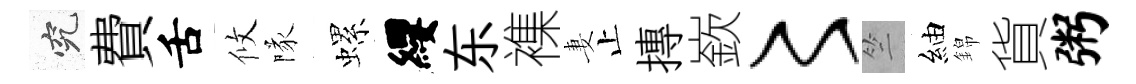
究費舌攸隊螺纓东襍妻止摶嶔〻竺紬錦貨粥